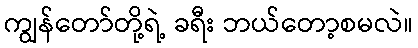
ကျွန်တော်တို့ရဲ့ ခရီး ဘယ်တော့စမလဲ။